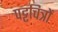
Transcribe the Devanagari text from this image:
पट्टचित्रों